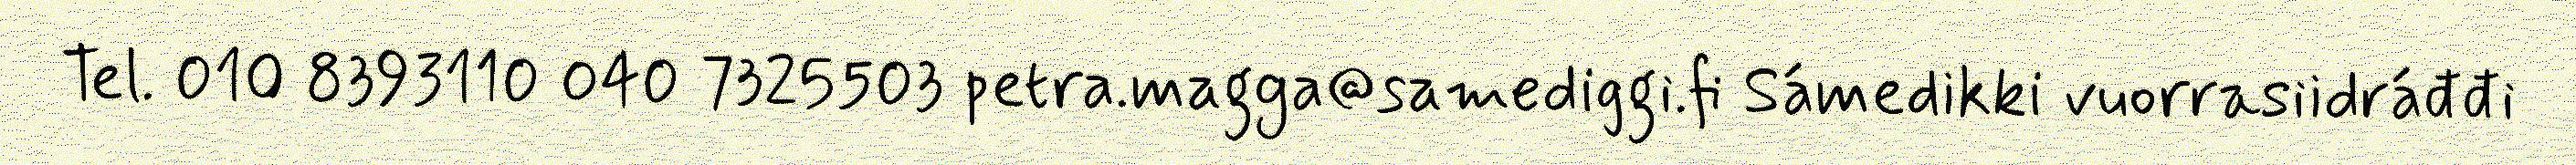
Tel. 010 8393110 040 7325503 petra.magga@samediggi.fi Sámedikki vuorrasiidráđđi